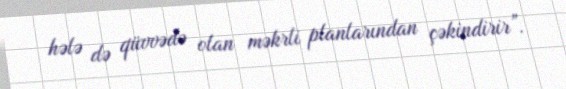
hələ də qüvvədə olan məkrli planlarından çəkindirir”.